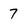
Character: 7